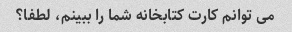
می توانم کارت کتابخانه شما را ببینم، لطفا؟